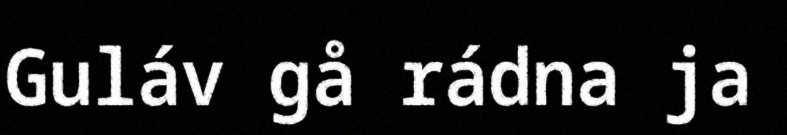
Guláv gå rádna ja